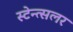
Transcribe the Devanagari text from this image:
स्टेन्त्सलर